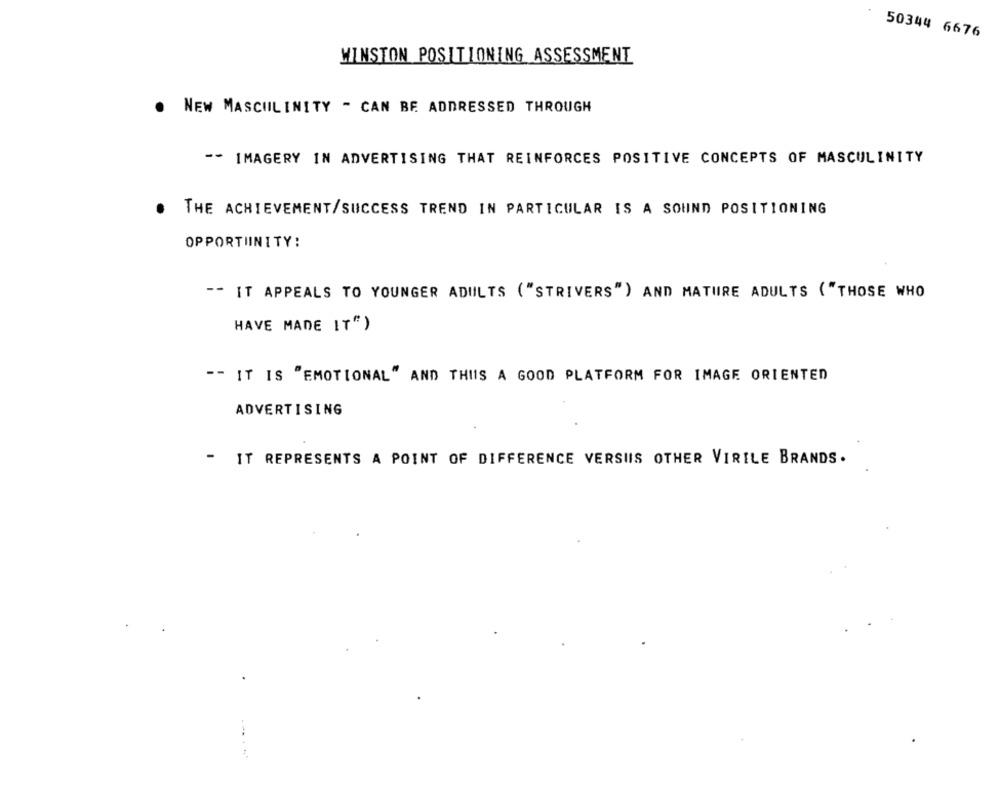
50344 6676
WINSTON POSITIONING ASSESSMENT
. NEW MASCULINITY - CAN BE ADDRESSED THROUGH
-- IMAGERY IN ADVERTISING THAT REINFORCES POSITIVE CONCEPTS OF MASCULINITY
. THE ACHIEVEMENT/SUCCESS TREND IN PARTICULAR IS A SOUND POSITIONING
OPPORTIINITY:
-- IT APPEALS TO YOUNGER ADULTS ("STRIVERS") AND MATURE ADULTS ( "THOSE WHO
HAVE MADE IT")
-- IT IS "EMOTIONAL" AND THIS A GOOD PLATFORM FOR IMAGE ORIENTED
ADVERTISING
- IT REPRESENTS A POINT OF DIFFERENCE VERSIIS OTHER VIRILE BRANDS.